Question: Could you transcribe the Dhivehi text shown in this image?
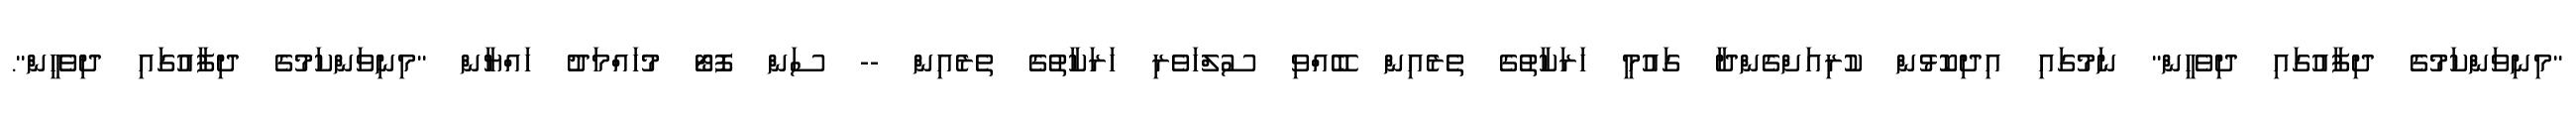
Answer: "މިނިވަންކަމުގެ ދިފާއުގައި ދިވެހީން" ނަމުގައި އިދިކޮޅުން ކުރިއަށްގެންދާ ގައުމީ ހަރަކާތުގެ ތެރެއިން ބޭއްވި ސުލްހަވެރި ހަރަކާތުގެ ތެރެއިން -- ސަން ފޮޓޯ މުހައްމަދު ހައްޔާން "މިނިވަންކަމުގެ ދިފާއުގައި ދިވެހީން".